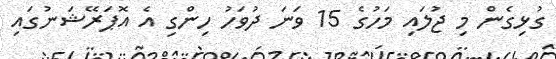
ގުޅިގެން މި ޖުލައި މަހުގެ 15 ވަނަ ދުވަހު ހިންގި އެ އޮޕަރޭޝަނުގައި